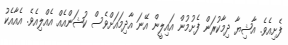
ފެށިއެވެ. އާޝިޔާ ދިމާކުރަން ފެށުމުން އައިލީން އޭނަ އާދިމައަަށްވެސް ކުޝަންއެއް އެއްލިިއެވެ. އެއާއެކު